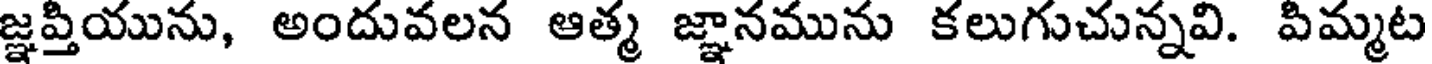
జ్ఞప్తియును, అందువలన ఆత్మ జ్ఞానమును కలుగుచున్నవి. పిమ్మట